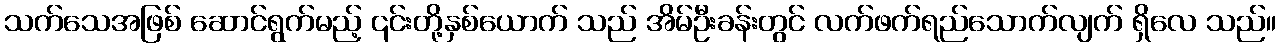
သက်သေအဖြစ် ဆောင်ရွက်မည့် ၎င်းတို့နှစ်ယောက် သည် အိမ်ဦးခန်းတွင် လက်ဖက်ရည်သောက်လျက် ရှိလေ သည်။